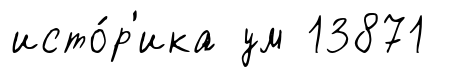
исто́р'ика ум 13871